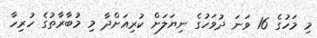
މި މަހުގެ 16 ވަނަ ދުވަހުގެ ނިޔަލަށް ކުރިއަށްދާ މި މުބާރާތުގެ ހުރިހާ